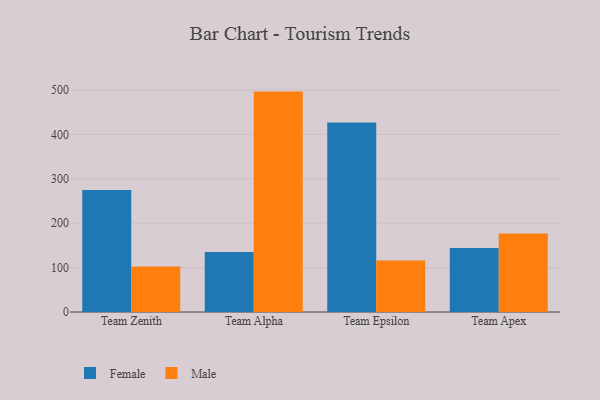
{"axis": {"x": "Team", "y": "Humidity (%)"}, "legend": ["Female", "Male"], "data": [{"x": "Team Zenith", "y": 274.7, "type": "Female"}, {"x": "Team Zenith", "y": 102.5, "type": "Male"}, {"x": "Team Alpha", "y": 135.2, "type": "Female"}, {"x": "Team Alpha", "y": 496.2, "type": "Male"}, {"x": "Team Epsilon", "y": 426.7, "type": "Female"}, {"x": "Team Epsilon", "y": 116.0, "type": "Male"}, {"x": "Team Apex", "y": 144.1, "type": "Female"}, {"x": "Team Apex", "y": 176.9, "type": "Male"}]}